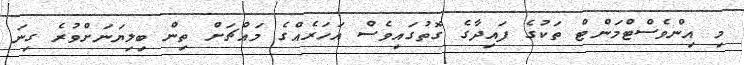
މި އިންވެސްޓްމަންޓް ތަކުގެ ފައިދާގެ ގޮތުގައިވެސް އަހަރެއްގެ މައްޗަށް ތިން ބިލިޔަނަށްވުރެ ގިނަ